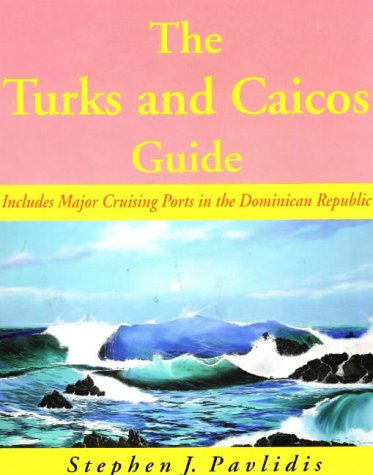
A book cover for The Turks and Caicos Guide: A Cruising Guide to the Turks and Caicos Islands; Stephen J. Pavlidis; Travel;